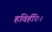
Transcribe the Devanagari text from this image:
हविर्हरिः।